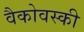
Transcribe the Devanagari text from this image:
वैकोवस्की